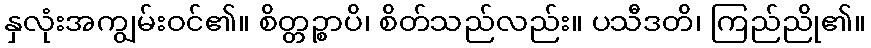
နှလုံးအကျွမ်းဝင်၏။ စိတ္တဉ္စာပိ၊ စိတ်သည်လည်း။ ပသီဒတိ၊ ကြည်ညို၏။